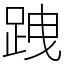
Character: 跩